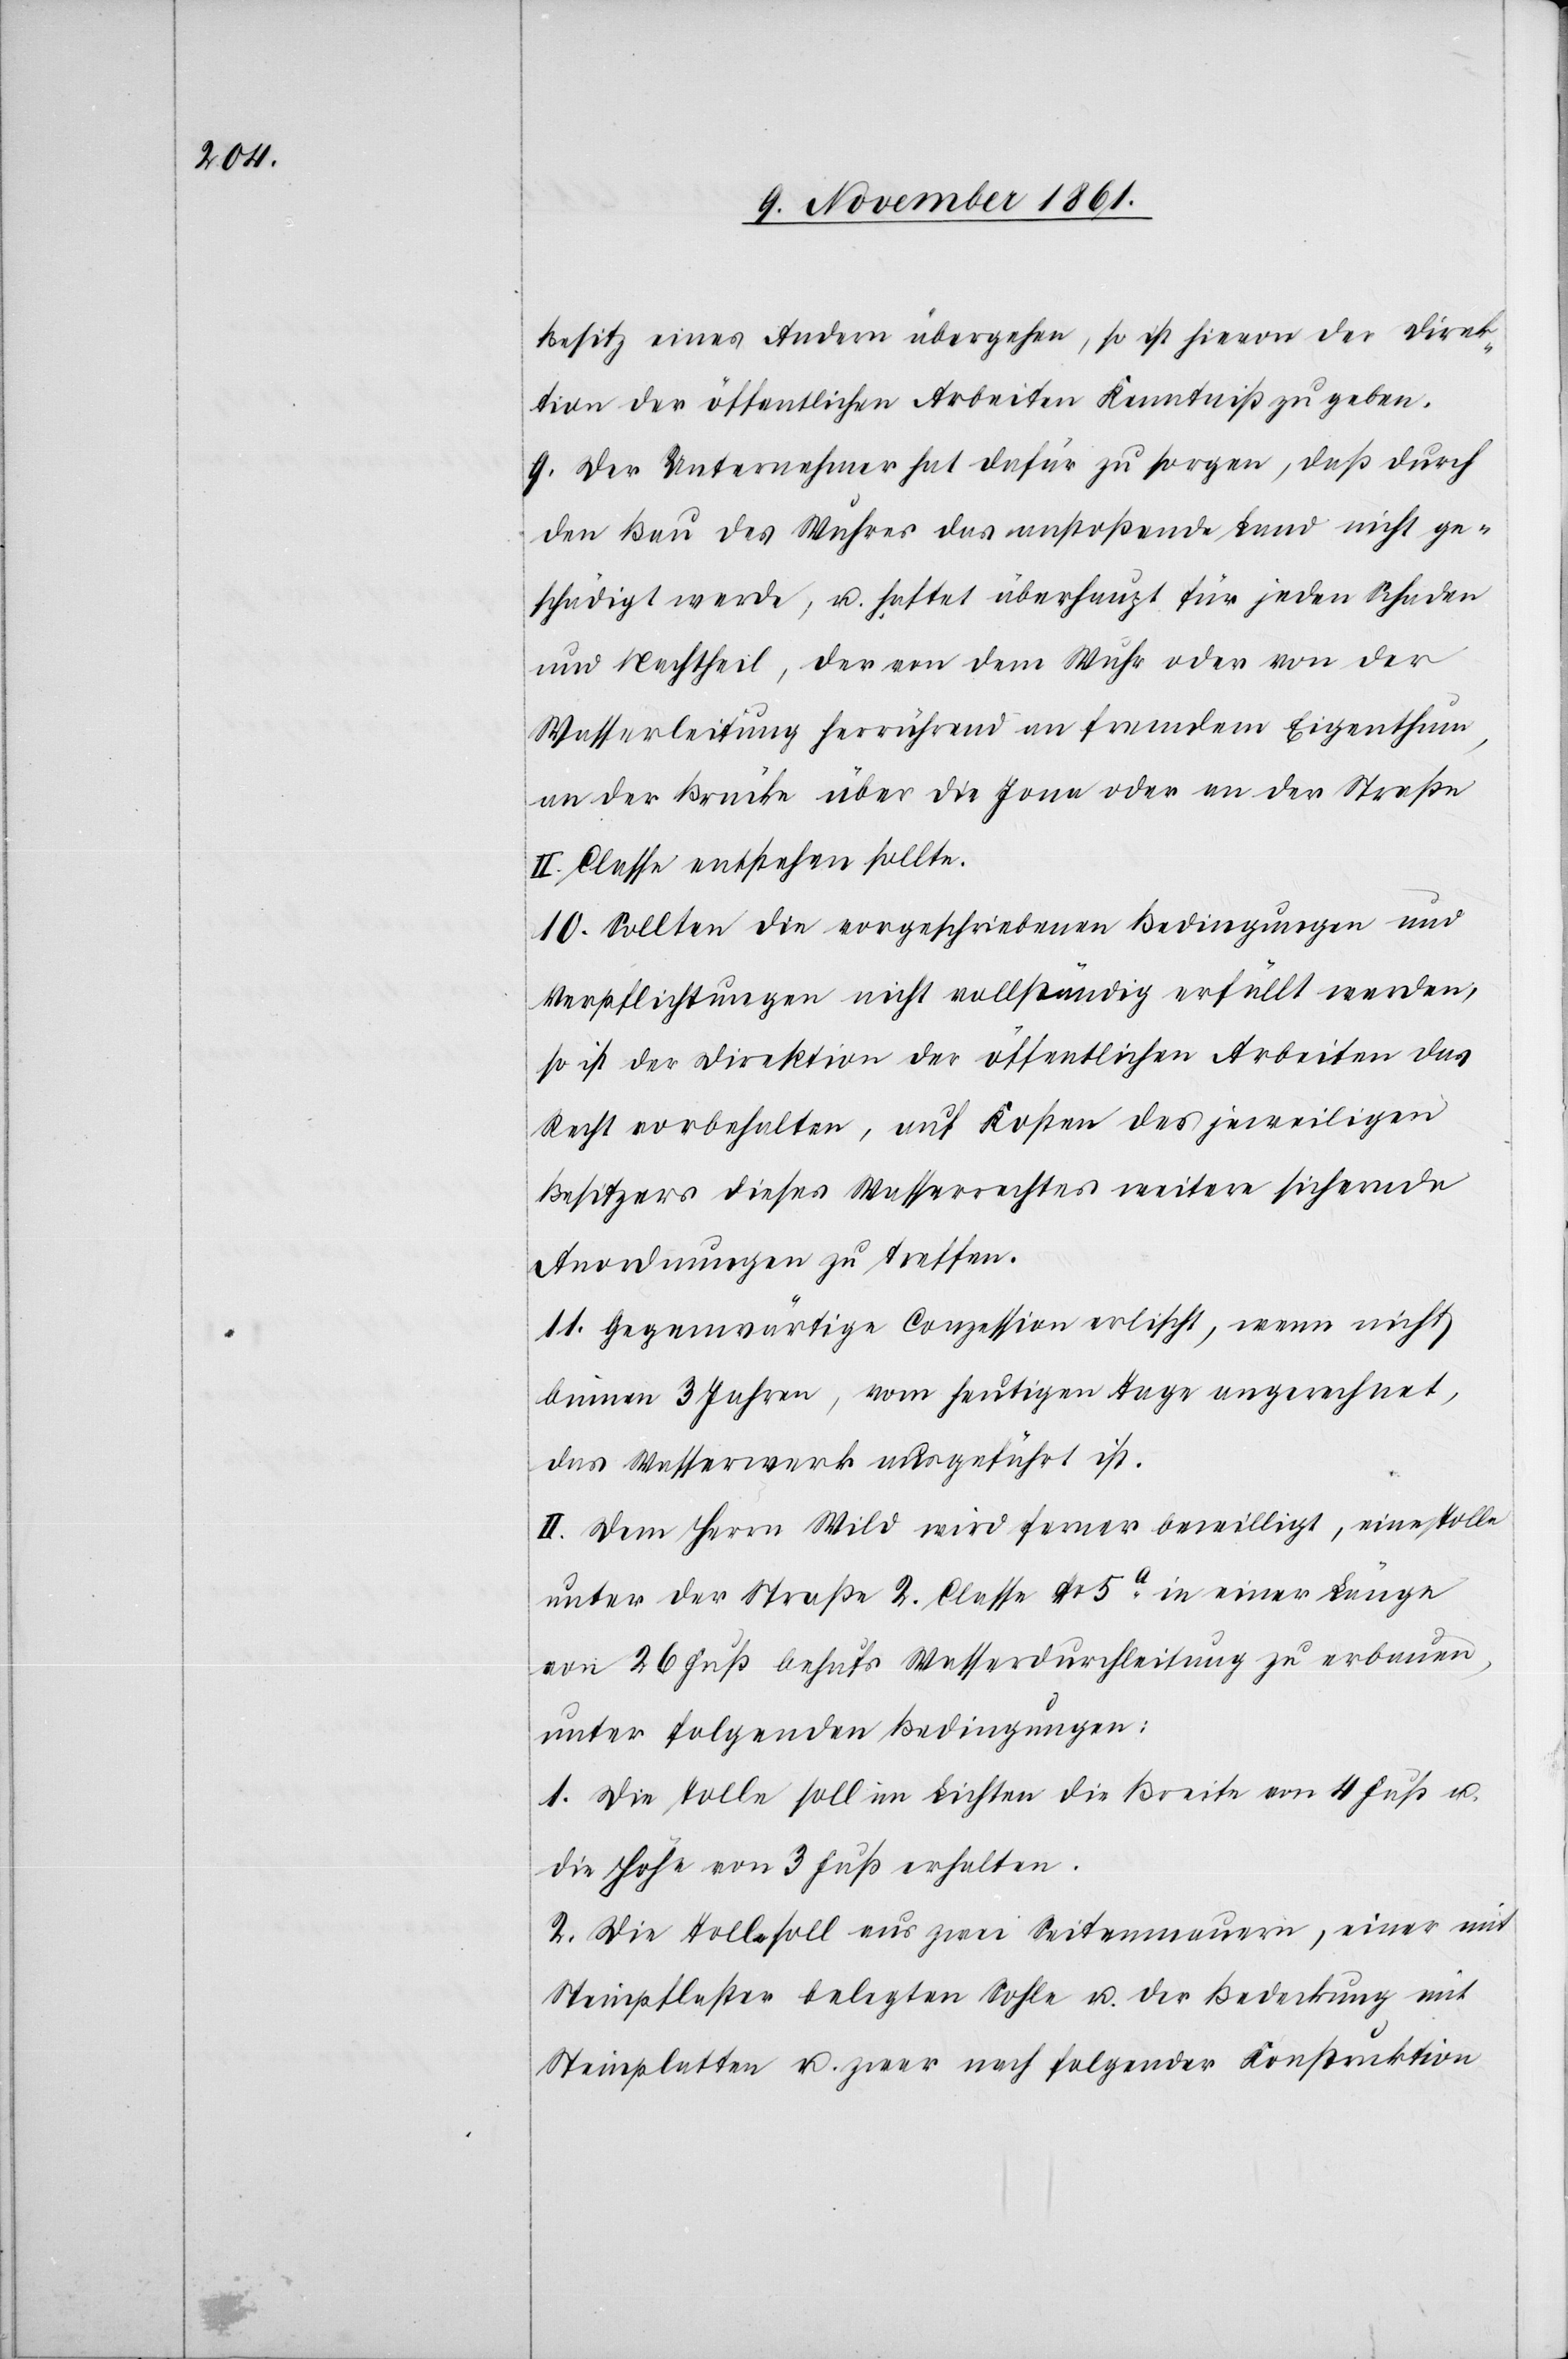
Besitz eines Andern übergehen, so ist hievon der Direk¬
tion der öffentlichen Arbeiten Kenntniß zu geben.
9. Der Unternehmer hat dafür zu sorgen, daß durch
den Bau des Wuhres das anstoßende Land nicht ge¬
schädigt werde, u. haftet überhaupt für jeden Schaden
und Nachtheil, der von dem Wuhr oder von der
Wasserleitung herrührend an fremdem Eigenthum,
an der Brücke über die Jona oder an der Straße
II Classe entstehen sollte.
10. Sollten die vorgeschriebenen Bedingungen und
Verpflichtungen nicht vollständig erfüllt werden,
so ist der Direktion der öffentlichen Arbeiten das
Recht vorbehalten, auf Kosten des jeweiligen
Besitzers dieses Wasserrechtes weitere sichernde
Anordnungen zu treffen.
11. Gegenwärtige Conzession erlischt, wenn nicht
binnen 3 Wochen, vom heutigen Tage angerechnet,
das Wasserwerk ausgeführt ist.
II. Dem Herrn Wild wird ferner bewilligt, eine Tolle
unter der Straße 2 Classe Nr 5a in einer Länge
von 26 Fuß behufs Wasserdurchleitung zu erbauen,
unter folgenden Bedingungen:
1. Die Tolle soll im Lichten die Breite von 4 Fuß u.
die Höhe von 3 Fuß erhalten.
2. Die Tolle soll aus zwei Seitenmauern, einer mit
Steinpflaster belegten Sohle u. der Bedeckung mit
Steinplatten u. zwar nach folgender Konstruktion